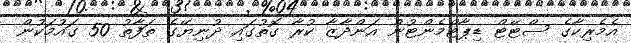
އެމެރިކާގެ ސްޓޭޓް ޑިޕާޓްމެންޓުން އަންދާޒާ ކުރާ ގޮތުގައި ދުނިޔޭގެ ތަފާތު 50 ގައުމަކުން